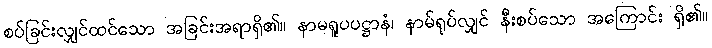
စပ်ခြင်းလျှင်ထင်သော အခြင်းအရာရှိ၏။ နာမရူပပဋ္ဌာနံ၊ နာမ်ရုပ်လျှင် နီးစပ်သော အကြောင်း ရှိ၏။